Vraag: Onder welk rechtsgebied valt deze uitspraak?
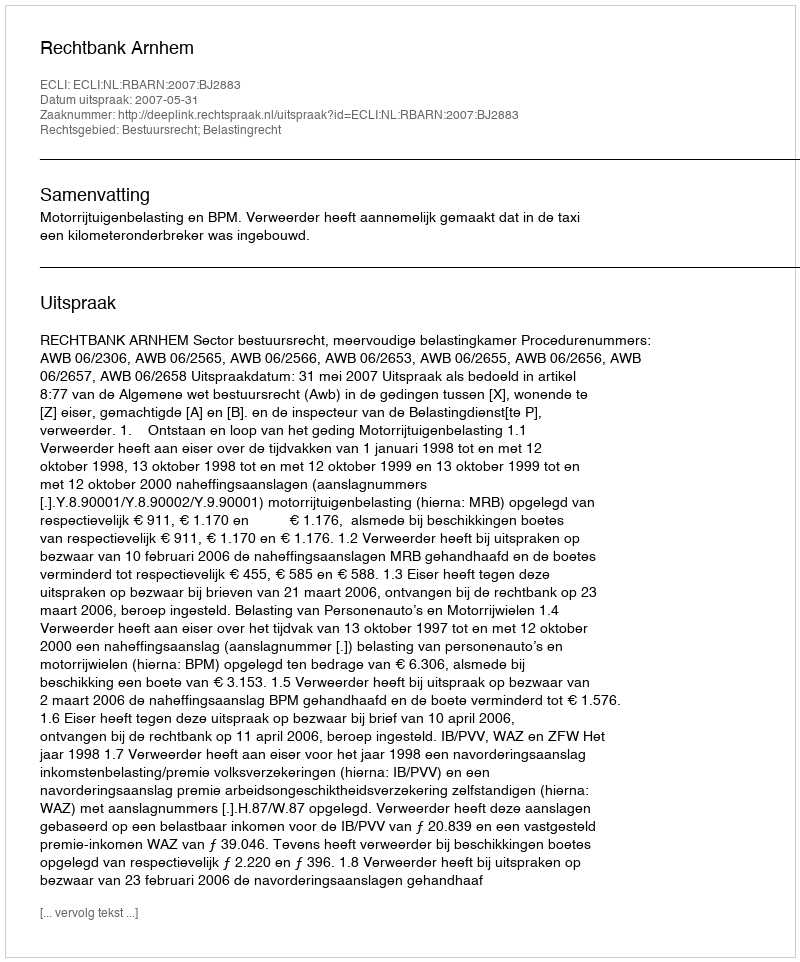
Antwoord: Bestuursrecht; Belastingrecht